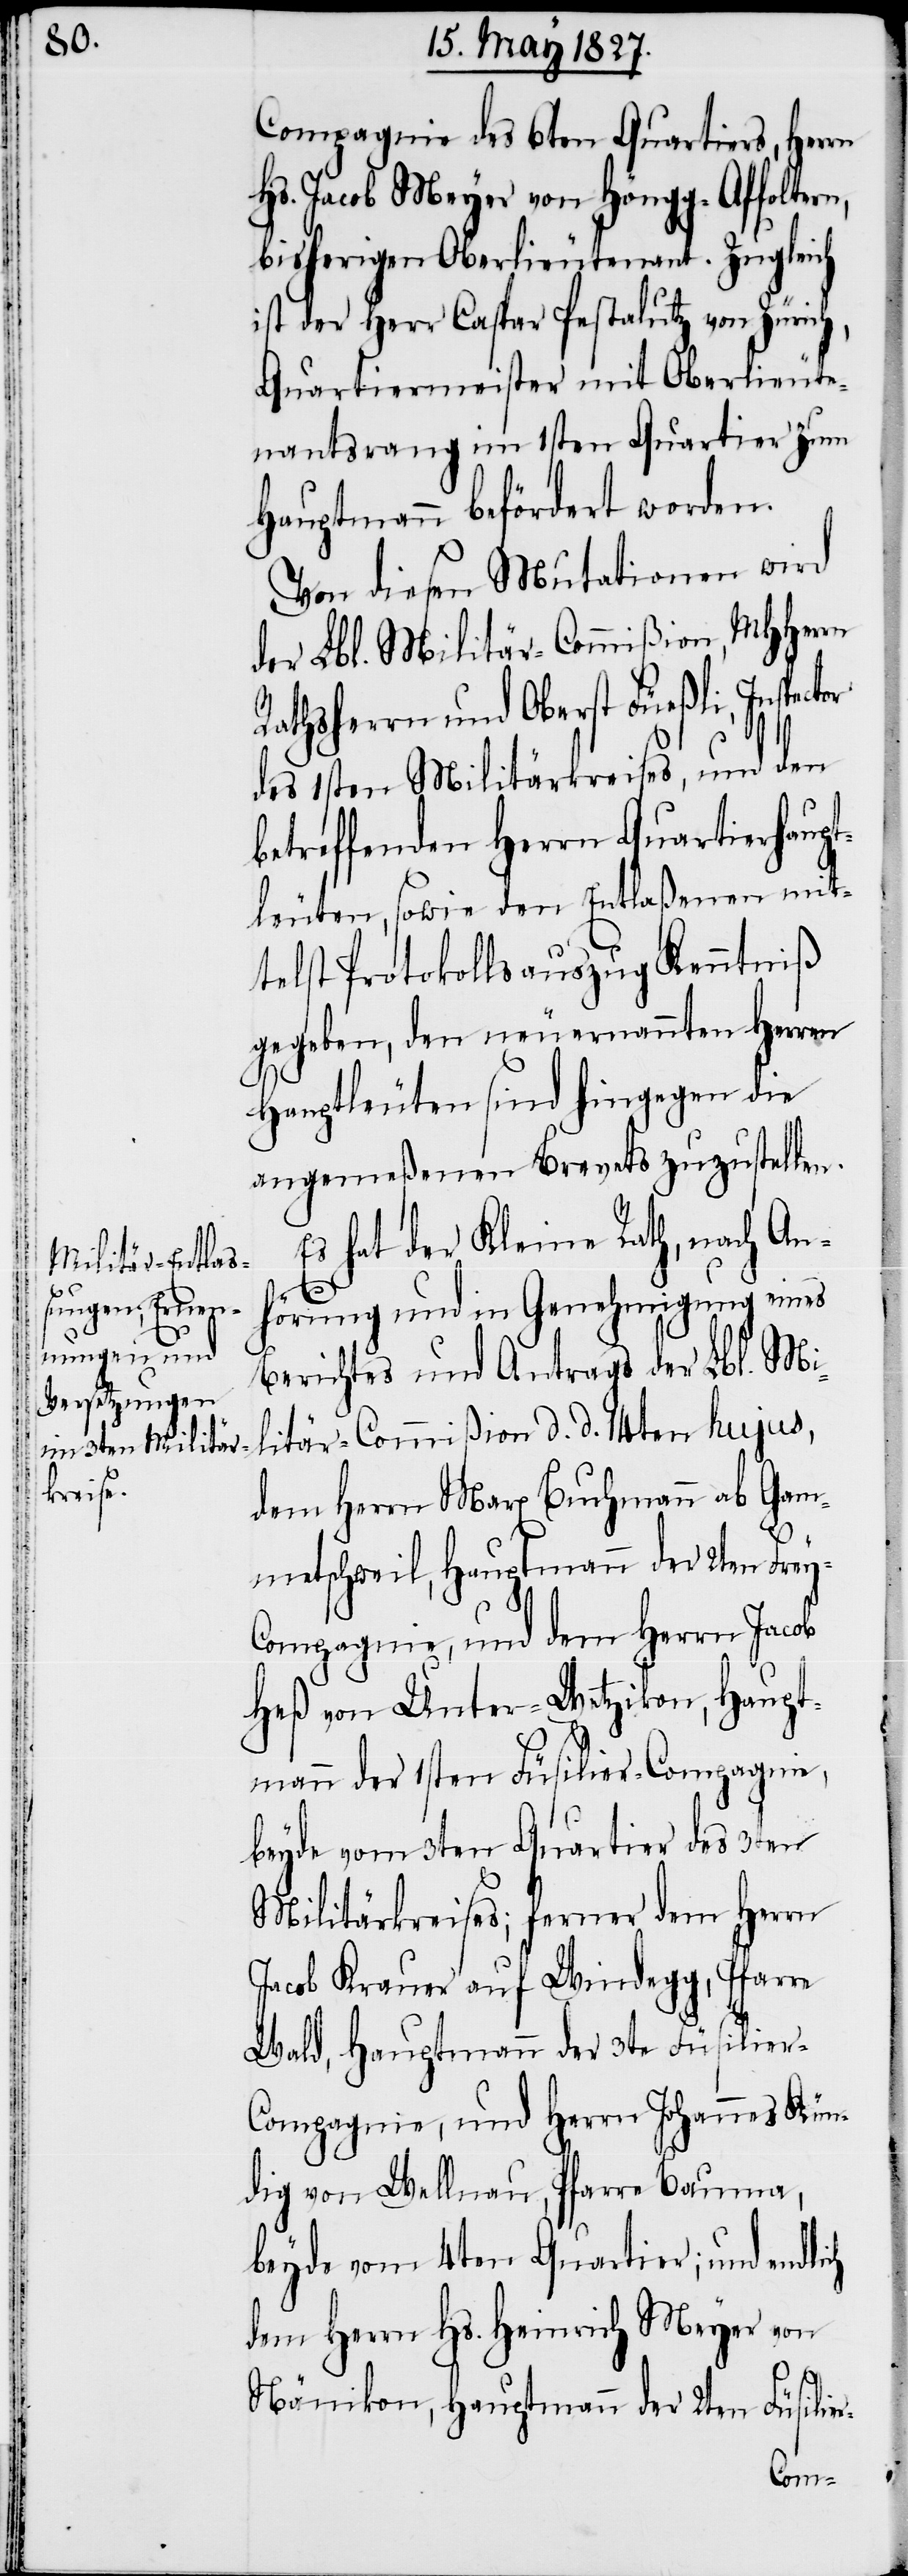
r-

Compagnie des 6ten Quartiers, Herrn
Hs. Jacob Meyer von Höngg-Affolte¬
bisherigen Oberlieutenant. Zugleich
ist der Herr Caspar Pestalutz von Zürich,
Quartiermeister mit Oberlieute¬
nantsrang im 1sten Quartier zum
Hauptmann befördert worden.
Von diesen Mutationen wird
der Lbl. Militär-Commißion, MHHerrn
Rathsherrn und Oberst Füeßli, Inspector
des 1sten Militärkreises, und den
betreffenden Herrn Quartierhaupt¬
leuten, sowie den Entlaßenen mit¬
telst Protokollsauszug Kenntniß
gegeben, den neuernannten Herren
Hauptleuten sind hingegen die
angemeßenen Brevets zuzustellen.
Es hat der Kleine Rath, nach An¬
ch
hörung und in Genehmigung eines
Berichtes und Antrags der Lbl. Mi¬
litär-Commißion d. d. 14ten hujus,
dem Herrn Marx Buchmann ab Gam¬
metschweil, Hauptmann der 2ten Fre¬
ompagnie, und dem Herrn Jacob
Heß von Unter-Wetzikon, Haupt¬
mann der 1sten Füsilier-Compagnie,
beyde vom 3ten Quartier des 3ten
Militärkreises; ferner dem Herrn
Jacob Krauer auf Windegg, Pfarre
Wald, Hauptmann der 3ten Füsilie¬
r-Compagnie, und Herrn Johannes Kün¬
dig von Wellnau, Pfarre Bauma,
beyde vom 4ten Quartier; und endli¬
dem Herrn Hs. Heinrich Meyer von
Nänikon, Hauptmann der 2ten Füsilie¬